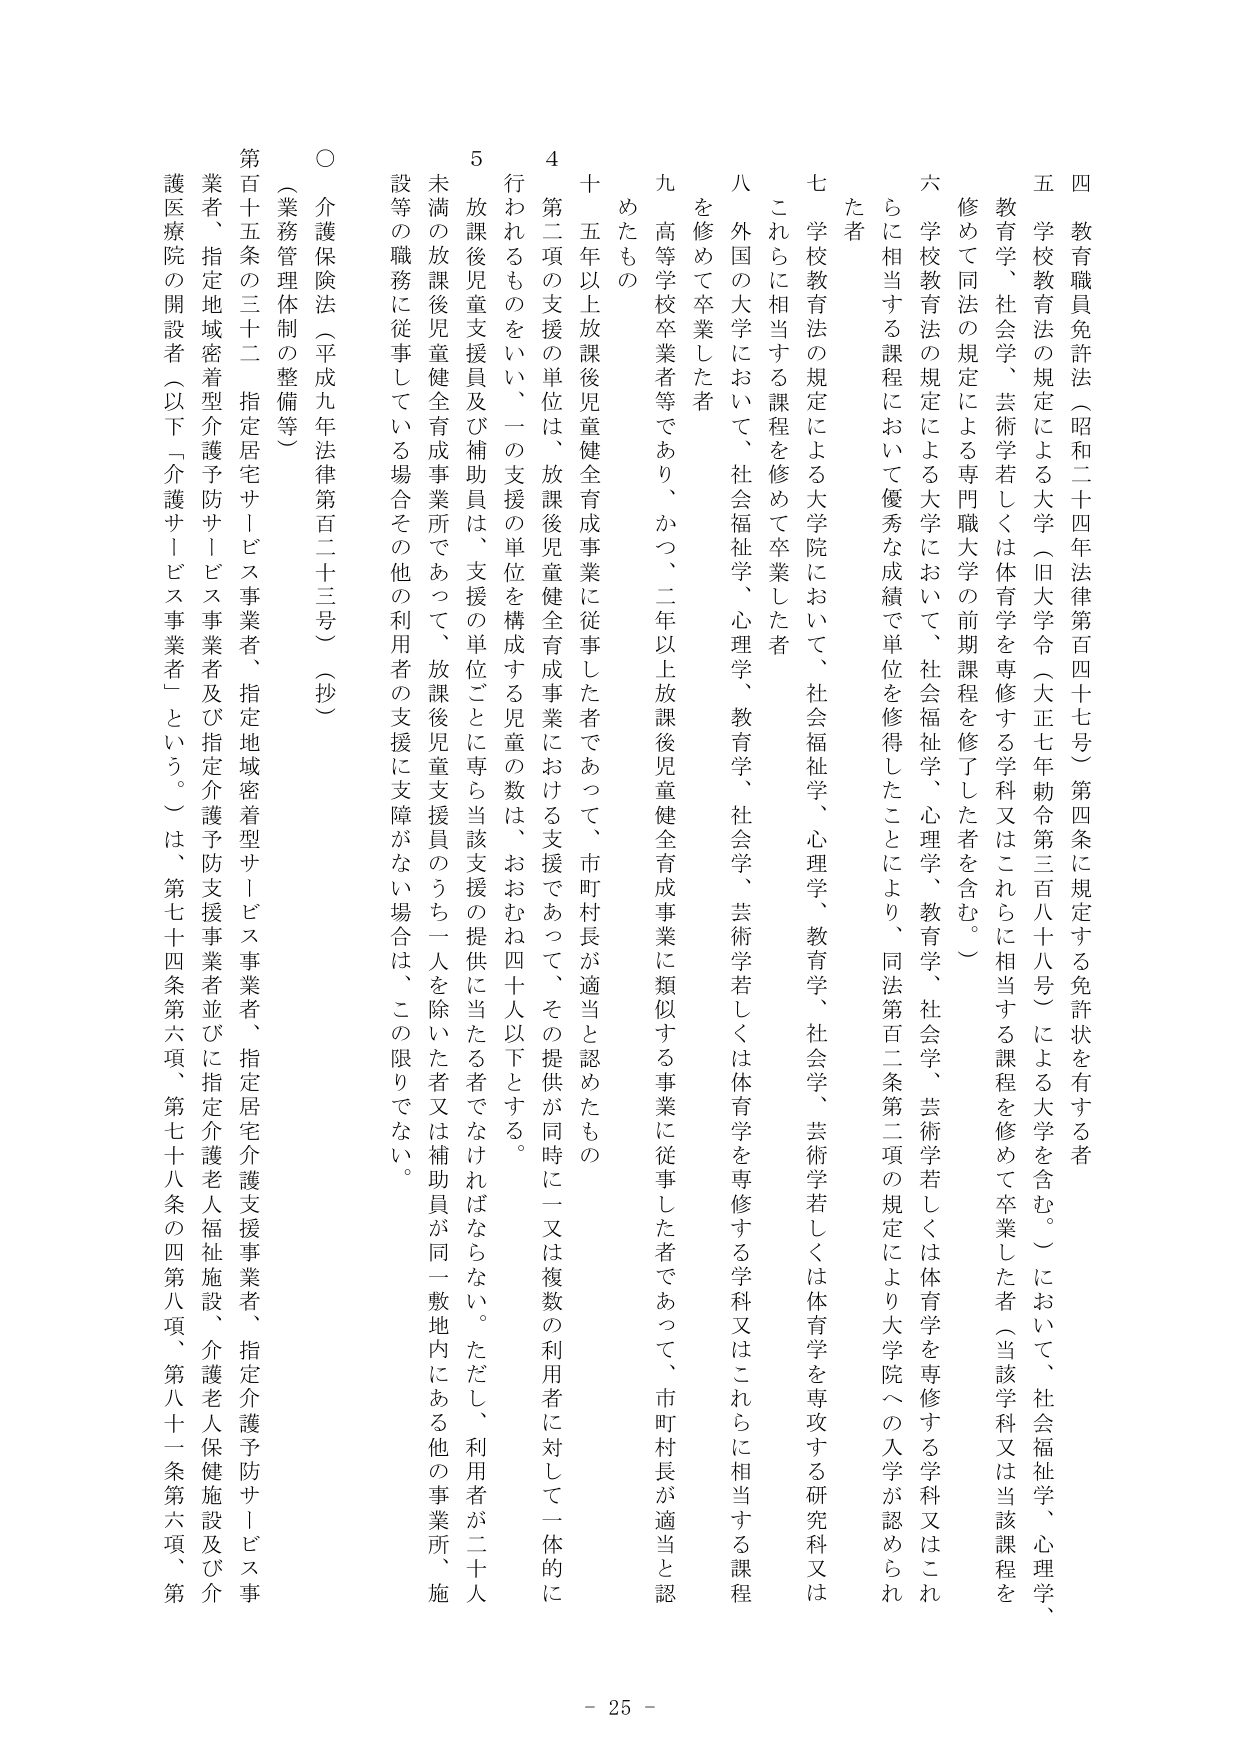
四 教育職員免許法（昭和二十四年法律第百四十七号）第四条に規定する免許状を有する者
五 学校教育法の規定による大学（旧大学令（大正七年勅令第三百八十八号）による大学を含む。）において、社会福祉学、心理学、
教育学、社会学、芸術学若しくは体育学を専修する学科又はこれらに相当する課程を修めて卒業した者（当該学科又は当該課程を
修めて同法の規定による専門職大学の前期課程を修了した者を含む。）
六 学校教育法の規定による大学において、社会福祉学、心理学、教育学、社会学、芸術学若しくは体育学を専修する学科又はこれ
らに相当する課程において優秀な成績で単位を修得したことにより、同法第百二条第二項の規定により大学院への入学が認められ
た者
七 学校教育法の規定による大学院において、社会福祉学、心理学、教育学、社会学、芸術学若しくは体育学を専攻する研究科又は
これらに相当する課程を修めて卒業した者
八 外国の大学において、社会福祉学、心理学、教育学、社会学、芸術学若しくは体育学を専修する学科又はこれらに相当する課程
を修めて卒業した者
九 高等学校卒業者等であり、かつ、二年以上放課後児童健全育成事業に類似する事業に従事した者であって、市町村長が適当と認
めたもの
十 五年以上放課後児童健全育成事業に従事した者であって、市町村長が適当と認めたもの
４ 第二項の支援の単位は、放課後児童健全育成事業における支援であって、その提供が同時に一又は複数の利用者に対して一体的に
行われるものをいい、一の支援の単位を構成する児童の数は、おおむね四十人以下とする。
５ 放課後児童支援員及び補助員は、支援の単位ごとに専ら当該支援の提供に当たる者でなければならない。ただし、利用者が二十人
未満の放課後児童健全育成事業所であって、放課後児童支援員のうち一人を除いた者又は補助員が同一敷地内にある他の事業所、施
設等の職務に従事している場合その他利用者の支援に支障がない場合は、この限りでない。
○ 介護保険法（平成九年法律第百二十三号）（抄）
（業務管理体制の整備等）
第百十五条の三十二 指定居宅サービス事業者、指定地域密着型介護予防サービス事業者及び指定介護予防支援事業者並びに指定介護老人福祉施設、介護老人保健施設及び介
護医療院の開設者（以下「介護サービス事業者」という。）は、第七十四条第六項、第七十八条の四第八項、第八十一条第六項、第
- 25 -